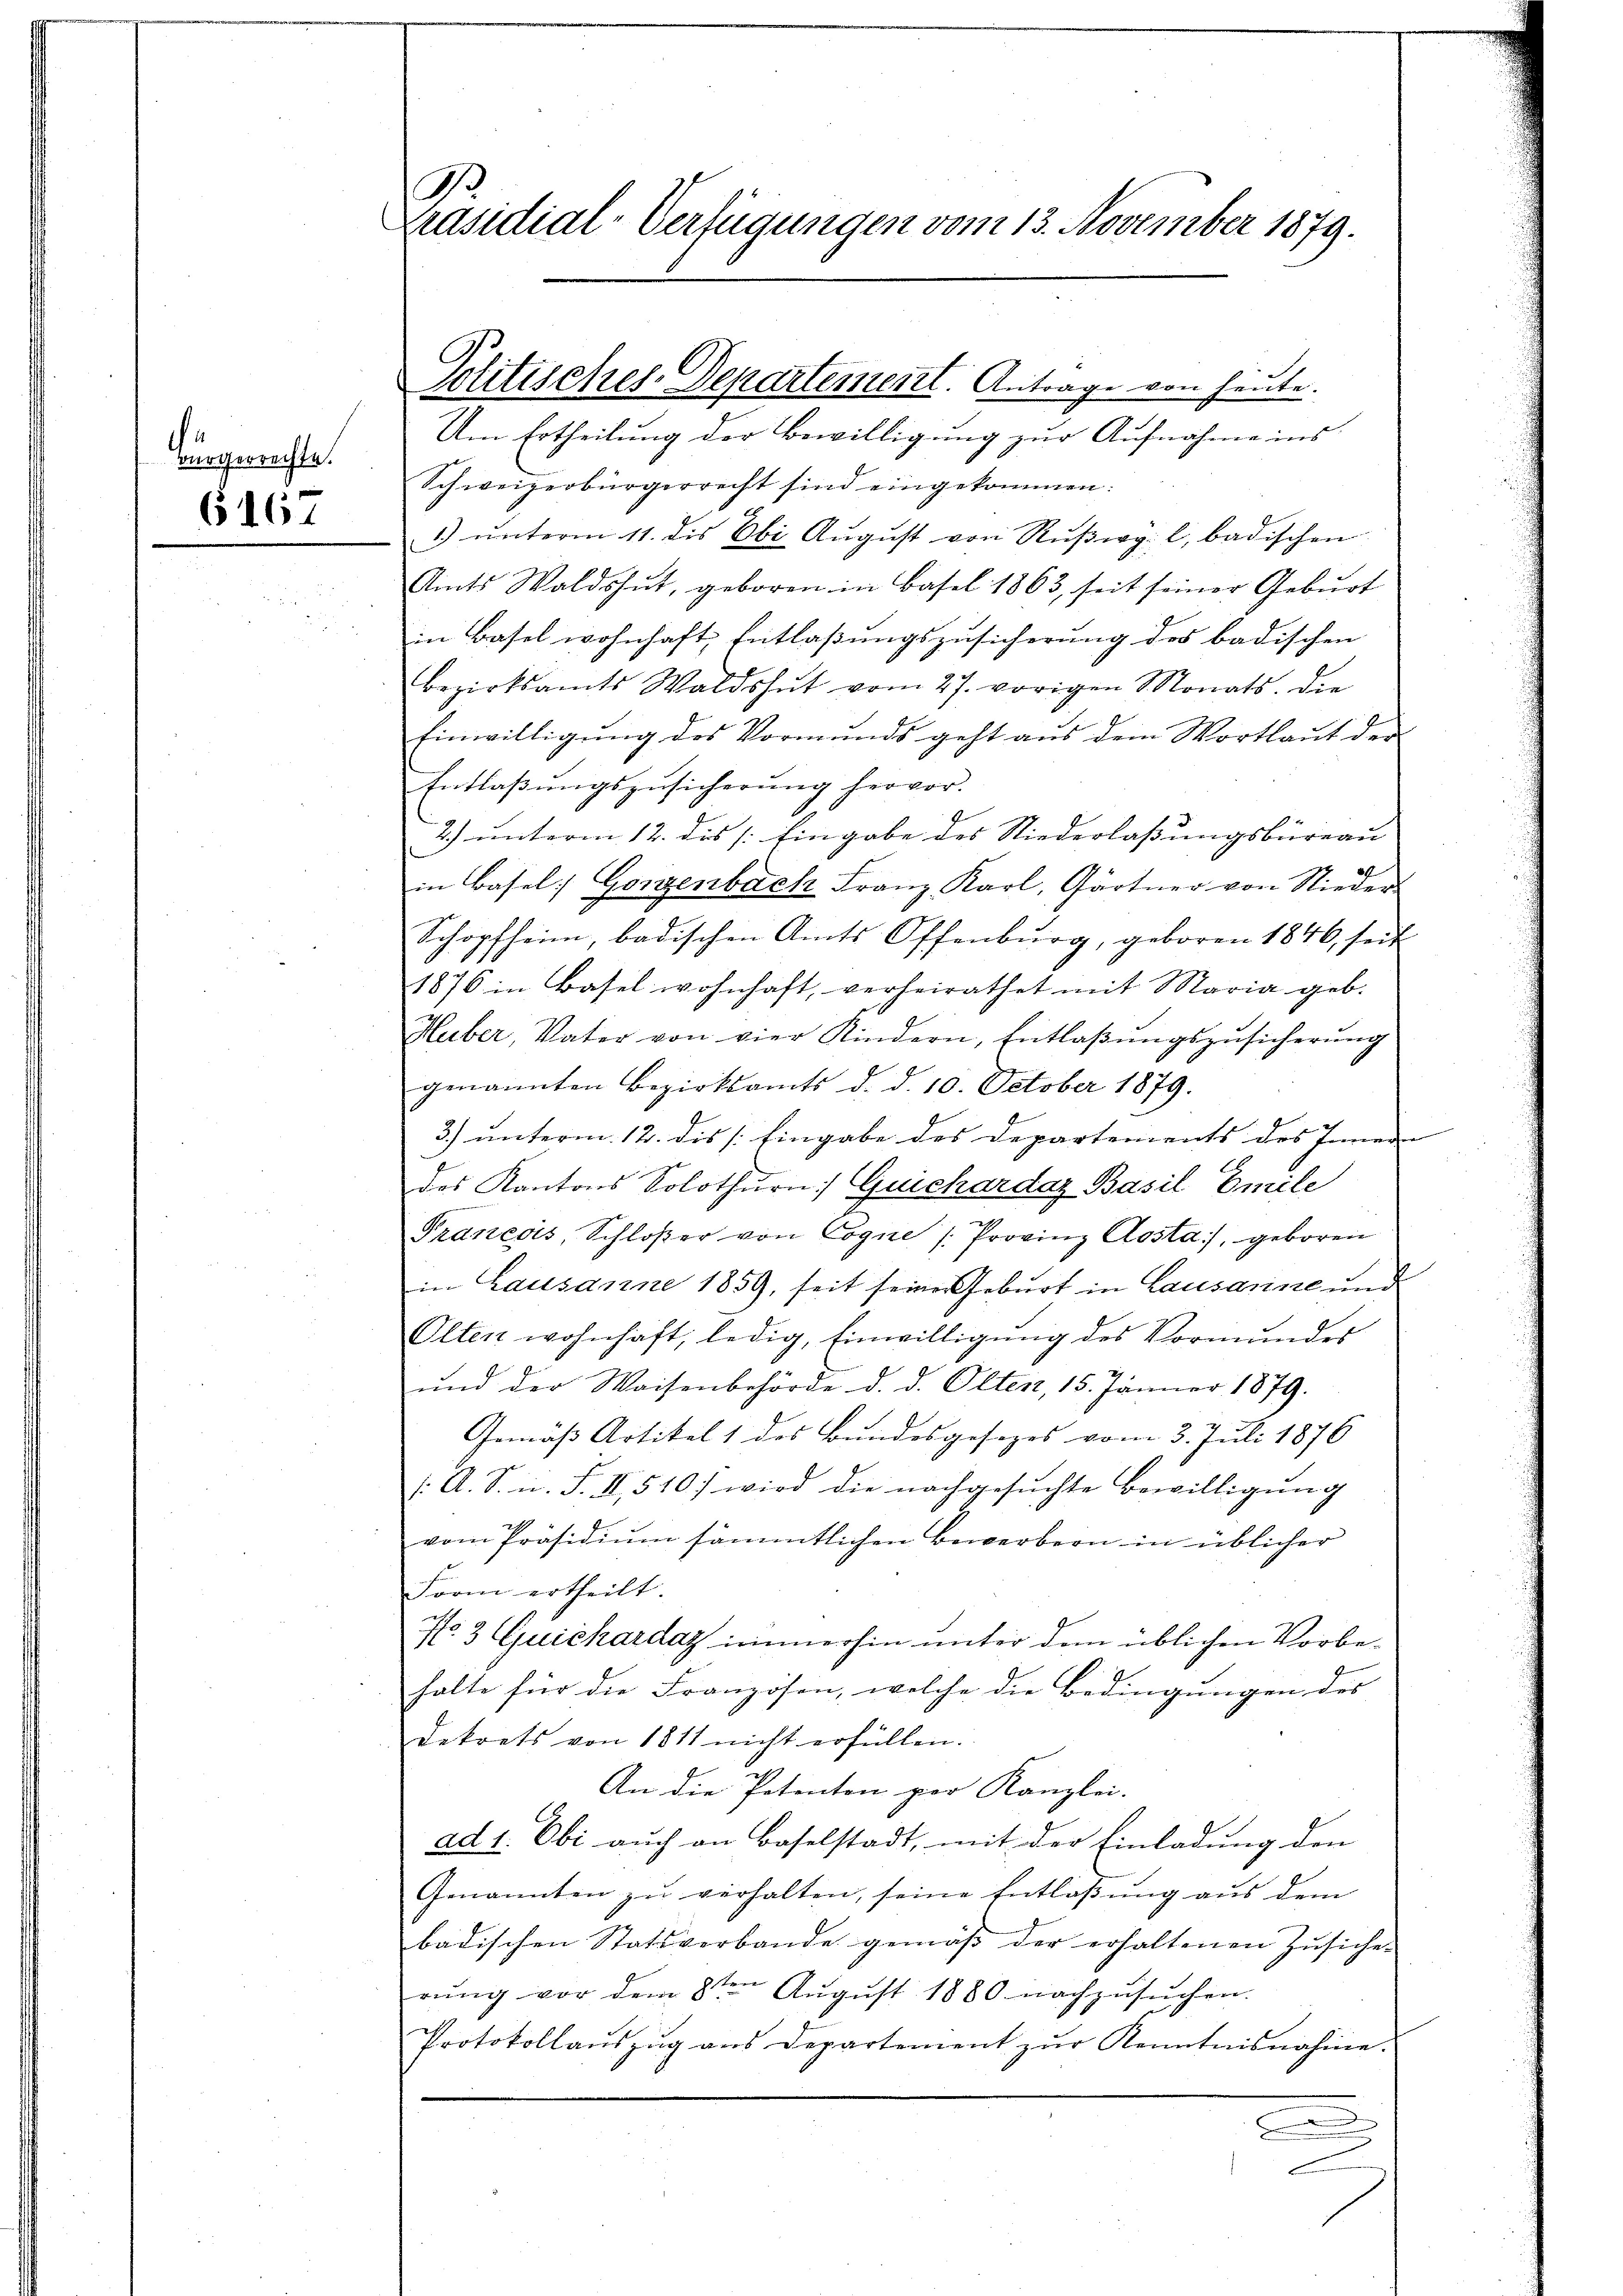
Burgerichte.

6167

.
Präsidial-Verfügungen vom 13. November 1879.

Politisches-Departement. Antrage von heute.

Um Ertheilung der Bewilligung zur Aufnahme ins
Schweizerbürgerrecht sind eingekommen:
1) ŭnterm 11. des Ebi Aŭgŭst von Rŭβwy. l. badischen
Amts Waldshut, geboren in Basel 1863, seit seiner Gebŭrt
in Basel wohnhaft Entlaßungszusicherung des badischen
Bezirksamts Waldshut vom 27. vorigen Monats. Die
Einwilligŭng des Vormunds geht aŭs dem Wortlaut der
Entlaβŭngszusicherŭng hervor.
2.) unterm 12. des Eingabe des Niederlassungsbüreau
in Basel: Gorzenbach Franz Karl, Gärtner von Nieder
Schopfheim, badischen Amts Offenburg, geboren 1846, seit
1876 in Basel wohnhaft, verheirathet mit Maria geb.
Huber, Vater von vier Kindern, Entlaβŭngszŭsicherŭng
genannten Bezirksamts d. d. 10. October 1879.
3) unterm 12. dis /: Eingabe des Departements des Innern
des Kantons Solothurn Quichardaz Basil Emile
Praneos, Schloßer von Cogne /: Provinz Aosta, geboren
in Lausanne 1859, seit seiner Geburt in Lausanne und
Olten wohnhaft, ledig, Einwilligŭng des Vormŭndes
und der Waisenbehörde d. d. Olten, 15. Jänner 1879.
Gemäß Artikel 1 des Bundesgesezes vom 3. Juli 1876
/. A. S. n. F. II, 510) wird die nachgesuchte Bewilligung
vom Präsidiŭm sämmtlichen Bewerbern in üblicher
Form ertheilt.
No 3 Quichardaz irinnerhin unter dem üblichen Vorbehalte für die Französen, welche die Bedingungen des
Dekorts von 1811 nicht erfüllen.
An die Petenten per Kanzlei- |
ad 1. Obi auch an Baselstadt, mit der Einladung den
Genannten zŭ verhalten, seine Entlaßung aus dem
badischen Statsverbande gemäβ der erhaltenen Zŭsiche-
rŭng vor dem 8ten Aŭgŭst 1880 nachzŭsŭchen.
Protokollaŭszŭg ans Departement zŭr Kenntnisnahme.
d
e